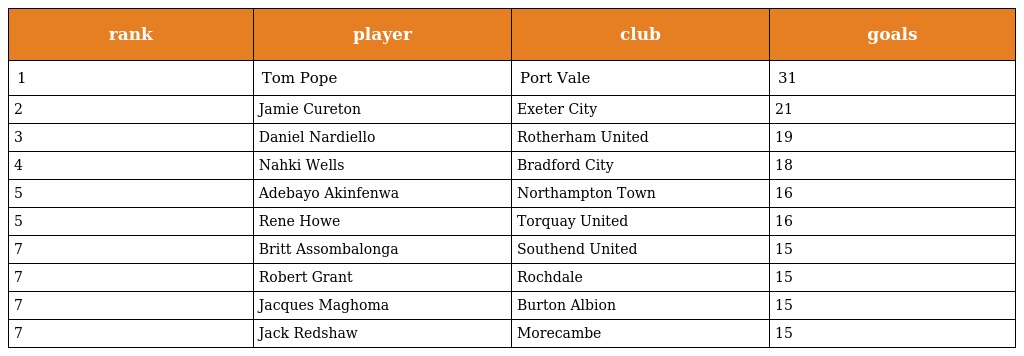
| rank | player | club | goals |
 | --- | --- | --- | --- |
 | 1 | Tom Pope | Port Vale | 31 |
 | 2 | Jamie Cureton | Exeter City | 21 |
 | 3 | Daniel Nardiello | Rotherham United | 19 |
 | 4 | Nahki Wells | Bradford City | 18 |
 | 5 | Adebayo Akinfenwa | Northampton Town | 16 |
 | 5 | Rene Howe | Torquay United | 16 |
 | 7 | Britt Assombalonga | Southend United | 15 |
 | 7 | Robert Grant | Rochdale | 15 |
 | 7 | Jacques Maghoma | Burton Albion | 15 |
 | 7 | Jack Redshaw | Morecambe | 15 |